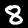
Digit: 8